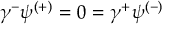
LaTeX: \gamma ^ { - } \psi ^ { ( + ) } = 0 = \gamma ^ { + } \psi ^ { ( - ) }